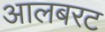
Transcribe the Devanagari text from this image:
आलबरट